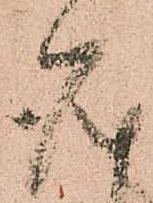
座